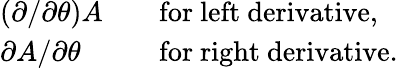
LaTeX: \begin{array}{lll}{{\displaystyle\left(\partial/\partial\theta\right)A}}&{{}}&{{\mathrm{for\ left\ derivative},}}\\ {{\displaystyle\partial A/\partial\theta}}&{{}}&{{\mathrm{for\ right\ derivative}.}}\end{array}